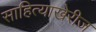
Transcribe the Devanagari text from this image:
साहित्याखेरीज